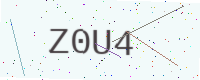
Text: Z0U4